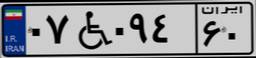
۰۷W۰۹۴۶۰